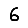
Digit: 6